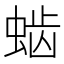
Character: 𰳆